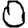
Digit: 0